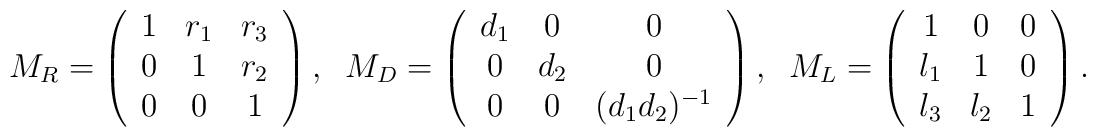
M_R= \left(\begin{array}{ccc}1 & r_1 & r_3\\0 & 1 & r_2\\0 & 0 & 1\\\end{array} \right),\;\;M_D= \left(\begin{array}{ccc}d_1 & 0 & 0\\0 & d_2 & 0\\0 & 0 & (d_1 d_2)^{-1}\\\end{array} \right),\;\;M_L= \left(\begin{array}{ccc}1 & 0 & 0\\l_1 & 1 & 0\\l_3 & l_2 & 1\\\end{array} \right).